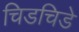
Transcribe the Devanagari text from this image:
चिडचिडे